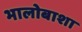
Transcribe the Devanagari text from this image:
भालोबाशा